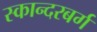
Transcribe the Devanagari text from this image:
स्कान्दरबर्ग